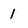
Character: 1